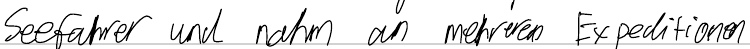
Seefahrer und nahm an mehreren Expeditionen